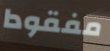
مفقودا